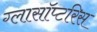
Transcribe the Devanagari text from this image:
ग्लासॉप्टरिस